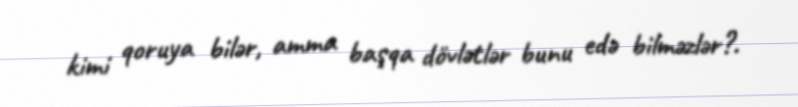
kimi qoruya bilər, amma başqa dövlətlər bunu edə bilməzlər?.